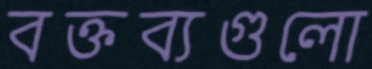
বক্তব্যগুলো